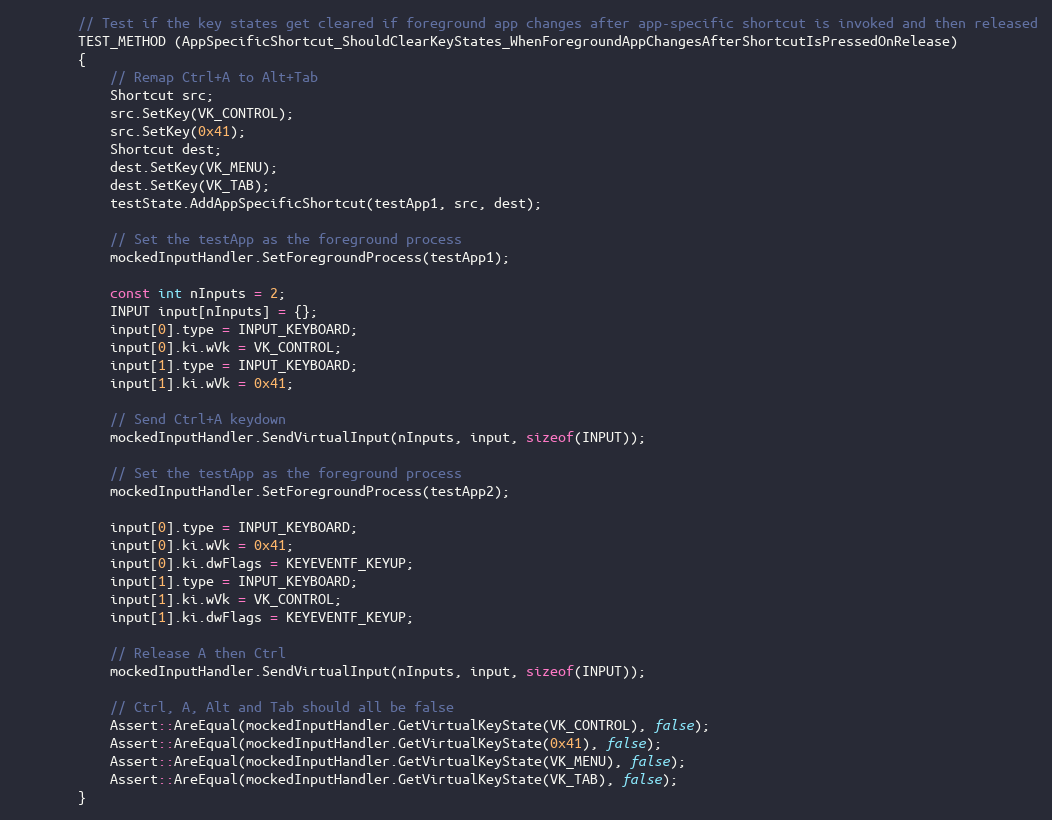
Language: C++
        // Test if the key states get cleared if foreground app changes after app-specific shortcut is invoked and then released
        TEST_METHOD (AppSpecificShortcut_ShouldClearKeyStates_WhenForegroundAppChangesAfterShortcutIsPressedOnRelease)
        {
            // Remap Ctrl+A to Alt+Tab
            Shortcut src;
            src.SetKey(VK_CONTROL);
            src.SetKey(0x41);
            Shortcut dest;
            dest.SetKey(VK_MENU);
            dest.SetKey(VK_TAB);
            testState.AddAppSpecificShortcut(testApp1, src, dest);

            // Set the testApp as the foreground process
            mockedInputHandler.SetForegroundProcess(testApp1);

            const int nInputs = 2;
            INPUT input[nInputs] = {};
            input[0].type = INPUT_KEYBOARD;
            input[0].ki.wVk = VK_CONTROL;
            input[1].type = INPUT_KEYBOARD;
            input[1].ki.wVk = 0x41;

            // Send Ctrl+A keydown
            mockedInputHandler.SendVirtualInput(nInputs, input, sizeof(INPUT));

            // Set the testApp as the foreground process
            mockedInputHandler.SetForegroundProcess(testApp2);

            input[0].type = INPUT_KEYBOARD;
            input[0].ki.wVk = 0x41;
            input[0].ki.dwFlags = KEYEVENTF_KEYUP;
            input[1].type = INPUT_KEYBOARD;
            input[1].ki.wVk = VK_CONTROL;
            input[1].ki.dwFlags = KEYEVENTF_KEYUP;

            // Release A then Ctrl
            mockedInputHandler.SendVirtualInput(nInputs, input, sizeof(INPUT));

            // Ctrl, A, Alt and Tab should all be false
            Assert::AreEqual(mockedInputHandler.GetVirtualKeyState(VK_CONTROL), false);
            Assert::AreEqual(mockedInputHandler.GetVirtualKeyState(0x41), false);
            Assert::AreEqual(mockedInputHandler.GetVirtualKeyState(VK_MENU), false);
            Assert::AreEqual(mockedInputHandler.GetVirtualKeyState(VK_TAB), false);
        }